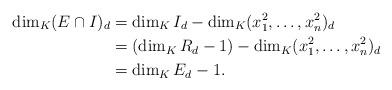
LaTeX: \begin{align*}\dim_K(E\cap I)_d &= \dim_K I_d - \dim_K (x_1^2, \ldots,x_n^2)_d\\&=(\dim_K R_d - 1) - \dim_K (x_1^2, \ldots,x_n^2)_d\\&=\dim_K E_d -1.\end{align*}